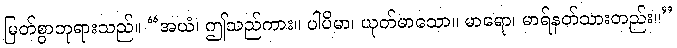
မြတ်စွာဘုရားသည်။ “အယံ၊ ဤသည်ကား။ ပါပိမာ၊ ယုတ်မာသော။ မာရော၊ မာရ်နတ်သားတည်း။”